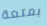
بمتعة